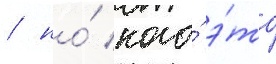
/ но́ кого́ э́то